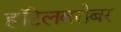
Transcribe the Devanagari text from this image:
हॉटेलबरोबर